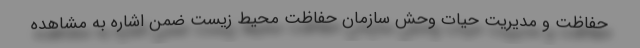
حفاظت و مدیریت حیات وحش سازمان حفاظت محیط زیست ضمن اشاره به مشاهده